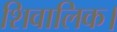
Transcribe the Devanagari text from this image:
शिवालिक।